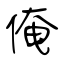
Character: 俺